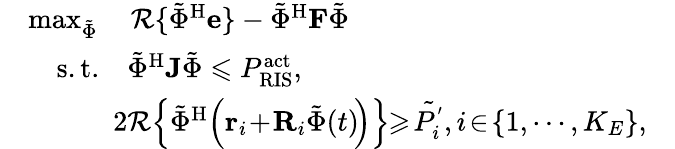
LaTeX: \begin{array}{rlr}&{\operatorname*{max}_{{\tilde{{\Phi}}}}\quad{\mathcal{R}}\{ {\tilde{{\Phi}}}^{\mathrm H}{\mathbf e}\} -\tilde{{\Phi}}^{\mathrm H}{\mathbf{F}}\tilde{{\Phi}}}&\\ &{\quad\mathrm{s.t.}\quad{{\tilde{{\Phi}}}}^{\mathrm H}{\mathbf{J}}{{\tilde{{\Phi}}}}\leqslant P_{\mathrm{RIS}}^{\mathrm{act}},}\\ &{\quad\quad\quad 2{\mathcal{R}}\! \left\{ {\tilde{\Phi}}^{\mathrm H}\! \left({\mathbf r}_{i}\! +\! {\mathbf{R}}_{i}{\tilde{\Phi}}(t)\! \right)\right\} \! \! \geqslant\! \tilde{P_{{i}}^{'}},i\! \in\! \{ 1,\cdots,K_{E}\} ,}\end{array}